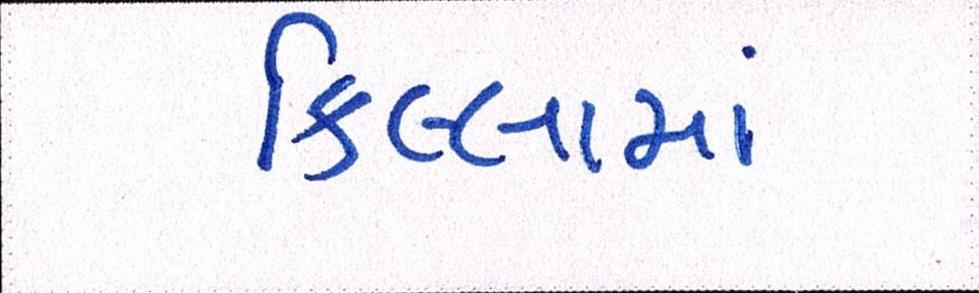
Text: કિલ્લામાં